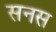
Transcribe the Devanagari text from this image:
सनस